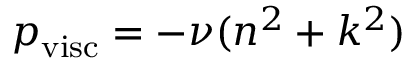
p _ { \mathrm { v i s c } } = - \nu ( n ^ { 2 } + k ^ { 2 } )